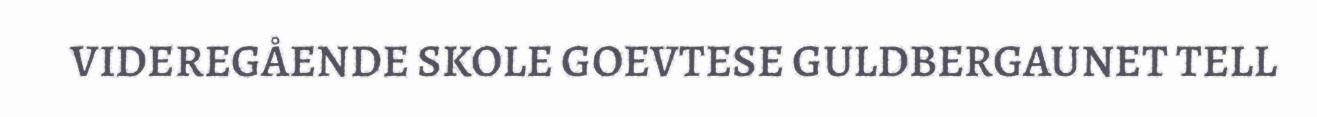
VIDEREGÅENDE SKOLE GOEVTESE GULDBERGAUNET TELL